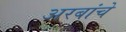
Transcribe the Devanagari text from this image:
अरबांचे